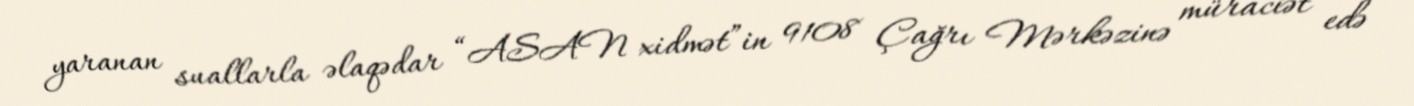
yaranan suallarla əlaqədar “ASAN xidmət”in 9108 Çağrı Mərkəzinə müraciət edə